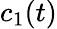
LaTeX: c_{1}(t)